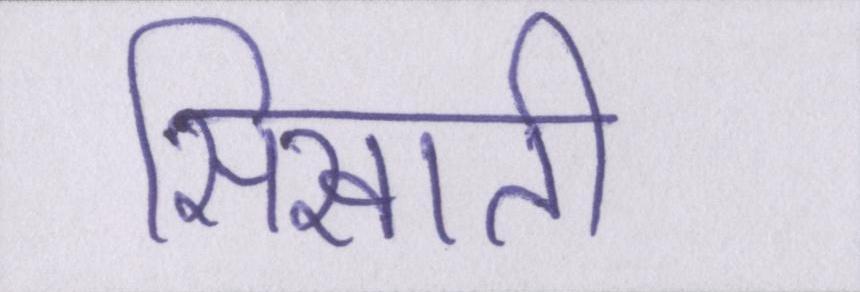
सिखाती